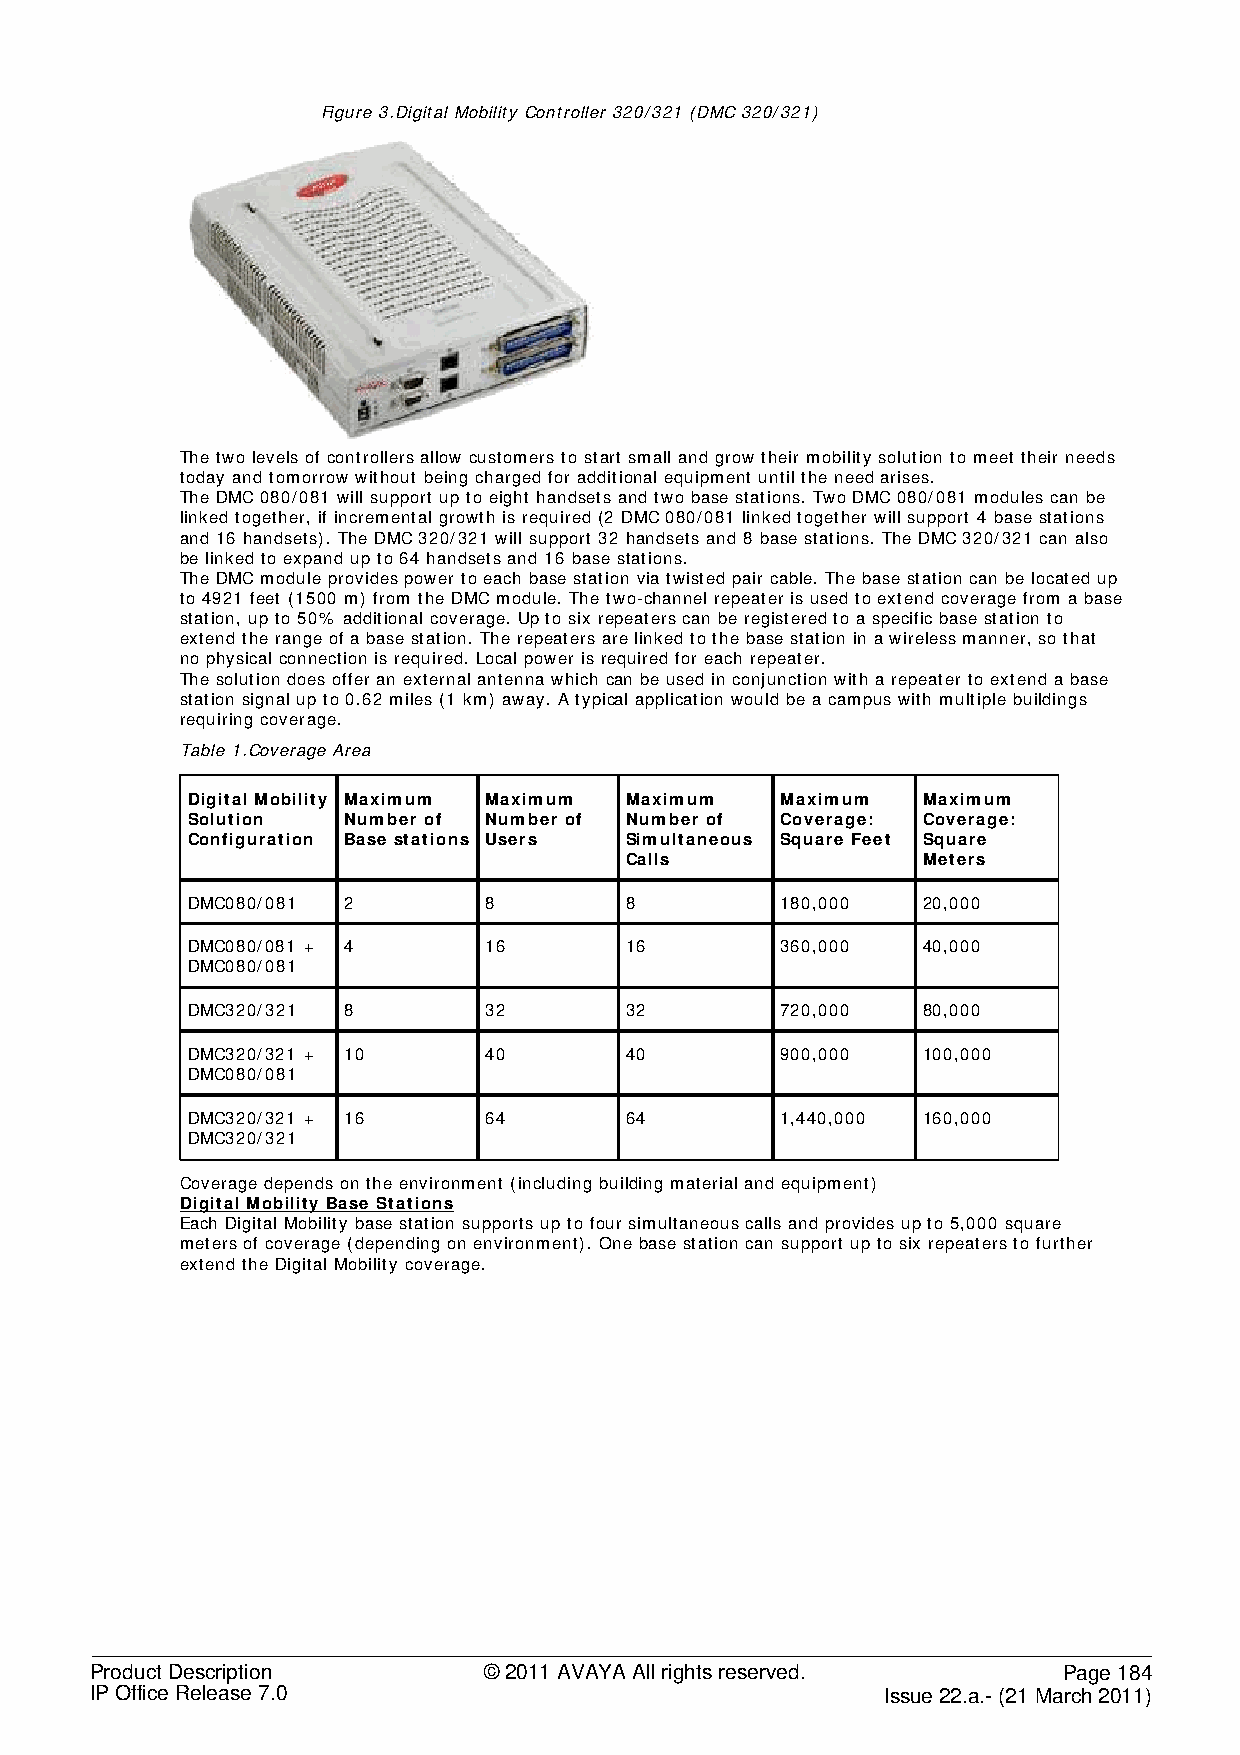
Figure 3.Digital Mobility Controller 320/321 (DMC 320/321)
 The two levels of controllers allow customers to start small and grow their mobility solution to meet their needs
 today and tomorrow without being charged for additional equipment until the need arises.
 The DMC 080/081 will support up to eight handsets and two base stations. Two DMC 080/081 modules can be
 linked together, if incremental growth is required (2 DMC 080/081 linked together will support 4 base stations
 and 16 handsets). The DMC 320/321 will support 32 handsets and 8 base stations. The DMC 320/321 can also
 be linked to expand up to 64 handsets and 16 base stations.
 The DMC module provides power to each base station via twisted pair cable. The base station can be located up
 to 4921 feet (1500 m) from the DMC module. The two-channel repeater is used to extend coverage from a base
 station, up to 50% additional coverage. Up to six repeaters can be registered to a specific base station to
 extend the range of a base station. The repeaters are linked to the base station in a wireless manner, so that
 no physical connection is required. Local power is required for each repeater.
 The solution does offer an external antenna which can be used in conjunction with a repeater to extend a base
 station signal up to 0.62 miles (1 km) away. A typical application would be a campus with multiple buildings
 requiring coverage.
 Table 1.Coverage Area
 Digital Mobility Maximum Maximum Maximum Maximum Maximum
 Solution   Number of Number of Number of Coverage: Coverage:
 Configuration Base stations Users Simultaneous Square Feet Square
 Calls               Meters
 DMC080/081 2        8        8          180,000  20,000
 DMC080/081 + 4      16       16         360,000  40,000
 DMC080/081
 DMC320/321 8        32       32         720,000  80,000
 DMC320/321 + 10     40       40         900,000  100,000
 DMC080/081
 DMC320/321 + 16     64       64         1,440,000 160,000
 DMC320/321
 Coverage depends on the environment (including building material and equipment)
 Digital Mobility Base Stations
 Each Digital Mobility base station supports up to four simultaneous calls and provides up to 5,000 square
 meters of coverage (depending on environment). One base station can support up to six repeaters to further
 extend the Digital Mobility coverage.
 Product Description       © 2011 AVAYA All rights reserved.     Page 184
 IP Office Release 7.0                                Issue 22.a.- (21 March 2011)